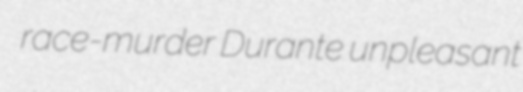
race-murder Durante unpleasant